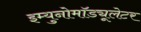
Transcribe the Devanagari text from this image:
इम्युनोमॉड्यूलेटर